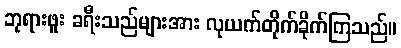
ဘုရားဖူး ခရီးသည်များအား လုယက်တိုက်ခိုက်ကြသည်။